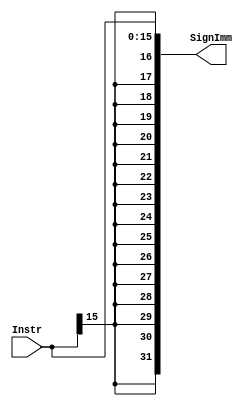
module Sign_extend(
input        [15:0]   Instr,
output reg   [31:0]   SignImm
);

always@(*)
    begin
        SignImm={{16 {Instr[15]}},Instr};
    end

endmodule